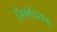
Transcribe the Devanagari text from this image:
ज़िम्मेदाराना